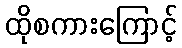
ထိုစကားကြောင့်